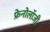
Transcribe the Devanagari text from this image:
फ्रेनोलॉजी